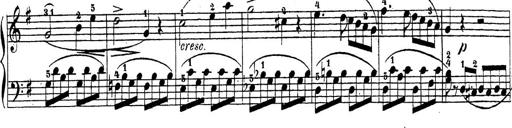
Title: 4 Sonatinas
Composer: Jacob Schmitt